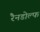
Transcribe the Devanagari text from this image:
रैनडोल्फ